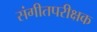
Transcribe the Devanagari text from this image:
संगीतपरीक्षक